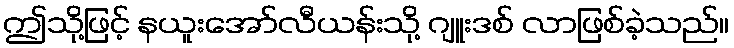
ဤသို့ဖြင့် နယူးအော်လီယန်းသို့ ဂျူးဒစ် လာဖြစ်ခဲ့သည်။